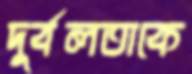
দুর্বলতাকে